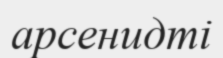
арсенидті